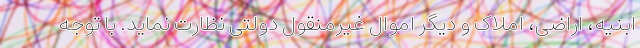
ابنیه، اراضی، املاک و دیگر اموال غیرمنقول دولتی نظارت نماید. با توجه